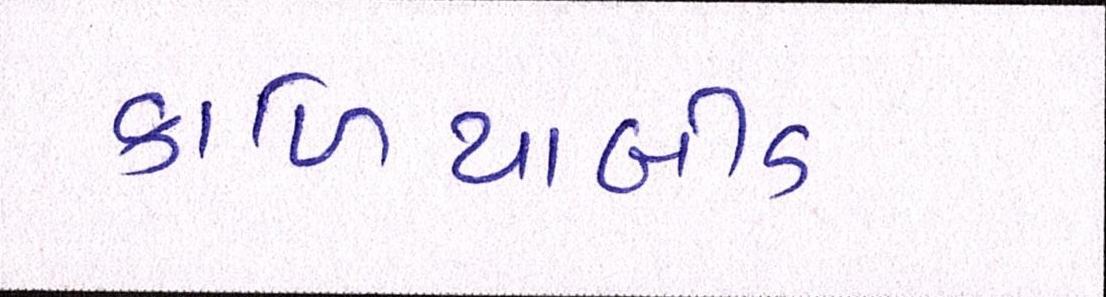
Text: કાળિયાબીડ